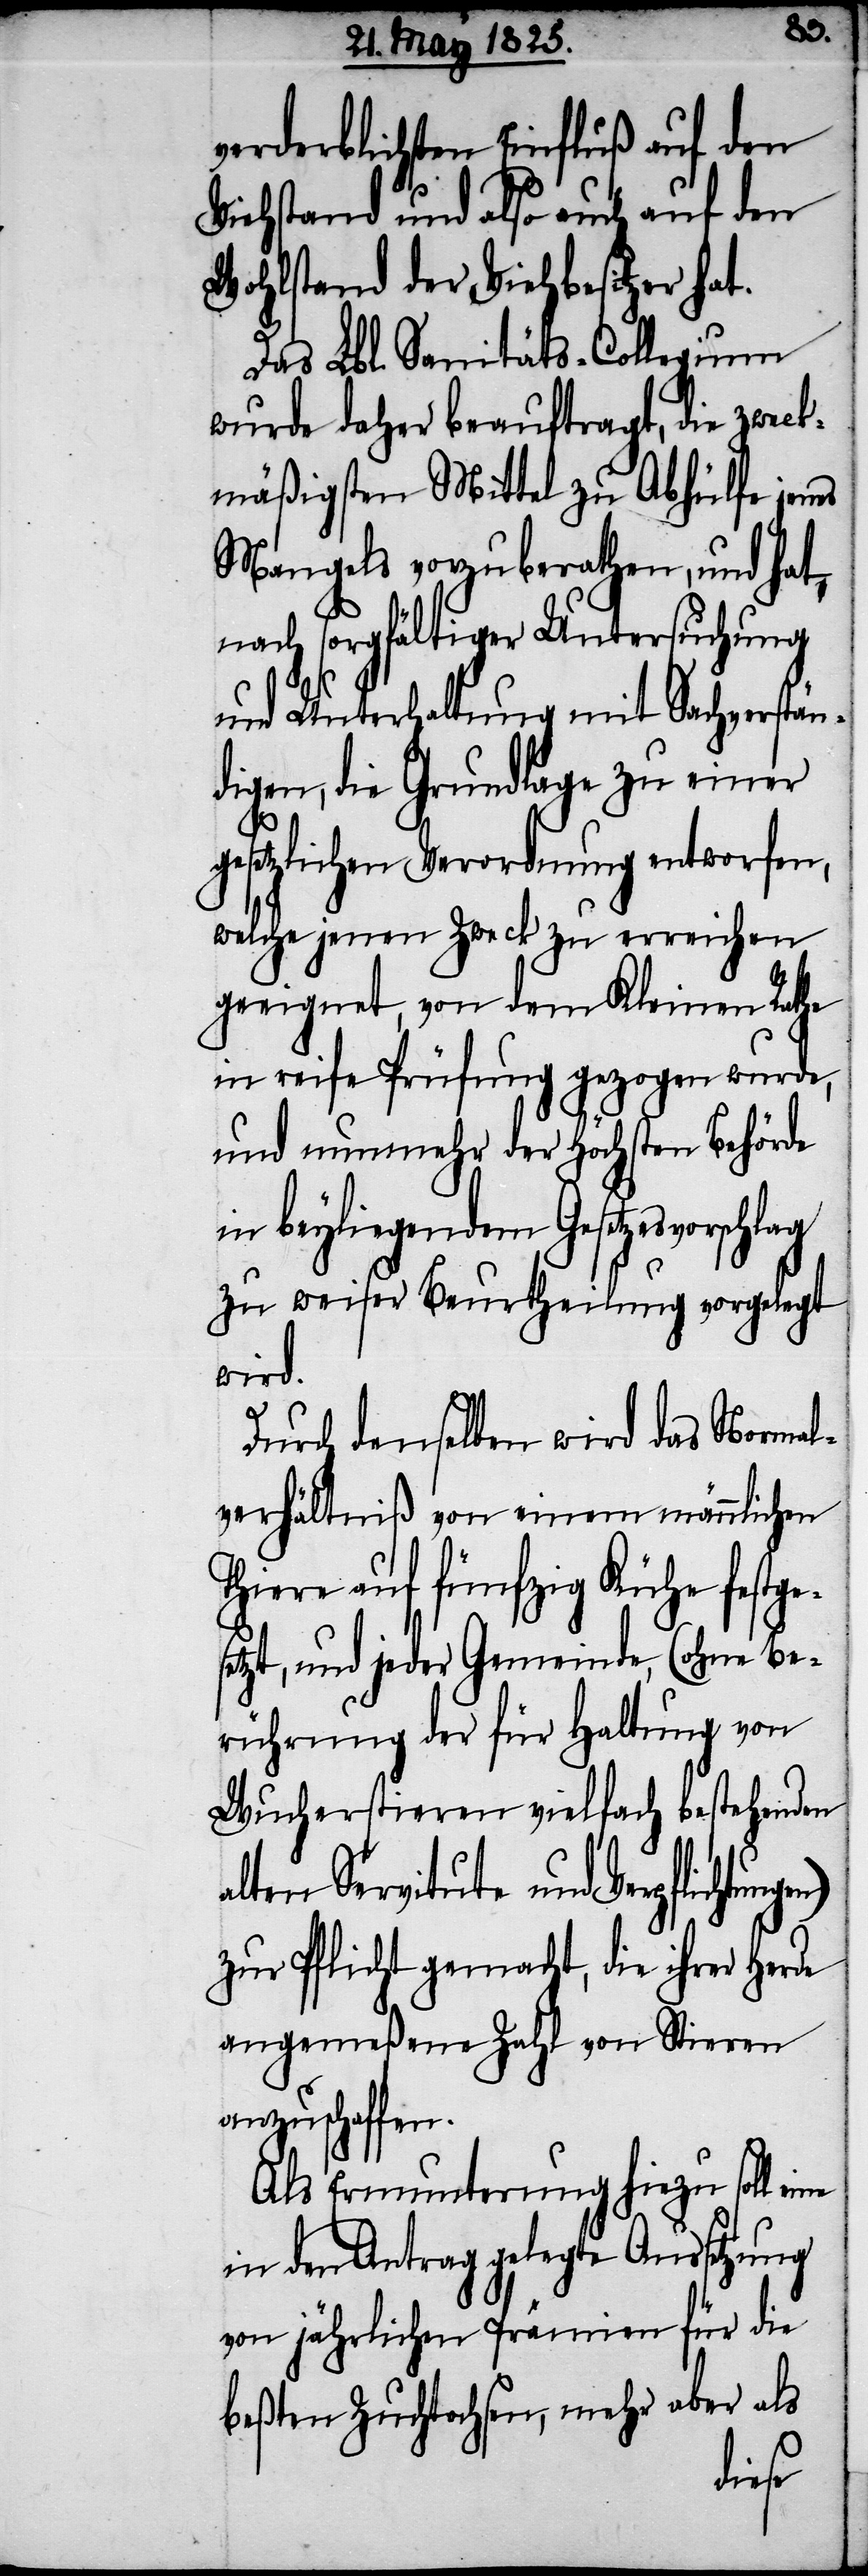
en)
verderblichsten Einfluß auf den
Viehstand und also auch auf den
Wohlstand der Viehbesitzer hat.
Das Lbl. Sanitäts-Collegium
wurde daher beauftragt, die zweck¬
mäßigsten Mittel zu Abhülfe jenes
Mangels vorzuberathen, und hat,
nach sorgfältiger Untersuchung
und Unterhaltung mit Sachverstän¬
digen, die Grundlage zu einer
gesetzlichen Verordnung entworfen,
welche jenen Zweck zu erreichen
geeignet, von dem Kleinen Rathe
in reife Prüfung gezogen wurde,
und nunmehr der Höchsten Behörde
in beyliegendem Gesetzesvorschlag
zu weiser Beurtheilung vorgelegt
wird.
Durch denselben wird das Normal¬
verhältniß von einem männlichen
Thiere auf fünfzig Kühe festg¬
etzt, und jeder Gemeinde, (ohne Be¬
rührung der für Haltung von
Wucherstieren vielfach bestehenden
alten Servitute und Verpflichtung¬
zur Pflicht gemacht, die ihrer Herde
angemeßene Zahl von Stieren
anzuschaffen.
Als Ermunterung hiezu soll eine
in den Antrag gelegte Aussetzung
von jährlichen Prämien für die
beßten Zuchtochsen, mehr aber als